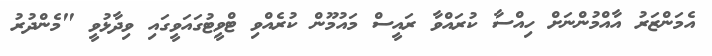
އެމަންޒަރު އާއްމުންނަށް ހިއްސާ ކުރައްވާ ރައީސް މައުމޫން ކުރެއްވި ޓްވީޓުގައަވީގައި ވިދާޅުވީ "މެންދުރު